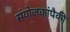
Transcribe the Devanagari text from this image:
संयोजकांपैकी